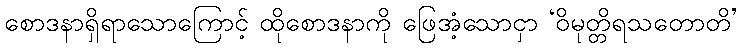
စောဒနာရှိရာသောကြောင့် ထိုစောဒနာကို ဖြေအံ့သောငှာ ‘ဝိမုတ္တိရသတောတိ’